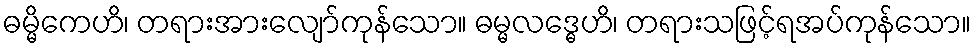
ဓမ္မိကေဟိ၊ တရားအားလျော်ကုန်သော။ ဓမ္မလဒ္ဓေဟိ၊ တရားသဖြင့်ရအပ်ကုန်သော။